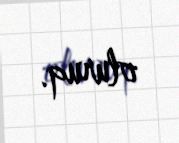
oluruq.